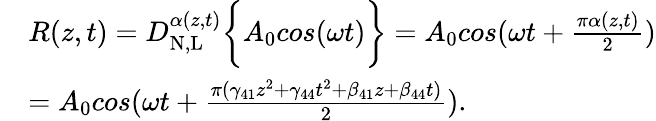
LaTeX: \begin{array}{rl}&{R(z,t)=D_{\mathrm{N,L}}^{\alpha(z,t)}\bigg\{ {A_{0}cos(\omega t)\bigg\} }=A_{0}cos(\omega t+\frac{\pi\alpha(z,t)}{2})}\\ &{=A_{0}cos(\omega t+\frac{\pi(\gamma_{41}z^{2}+\gamma_{44}t^{2}+\beta_{41}z+\beta_{44}t)}{2}).}\end{array}